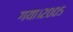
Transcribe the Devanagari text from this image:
गया।२००५